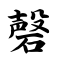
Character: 磬